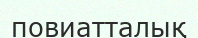
повиатталық